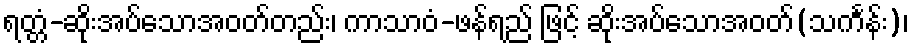
ရတ္တံ-ဆိုးအပ်သောအဝတ်တည်း၊ ကာသာဝံ-ဖန်ရည် ဖြင့် ဆိုးအပ်သောအဝတ်(သင်္ကန်း)၊